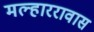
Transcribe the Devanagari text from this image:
मल्हाररावास